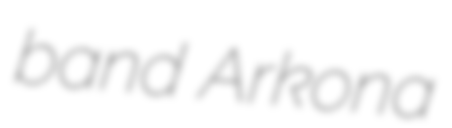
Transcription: band Arkona